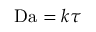
\mathrm { D a } = k \tau